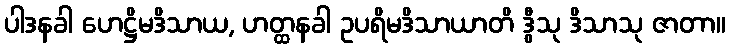
ပါဒနခါ ဟေဋ္ဌိမဒိသာယ, ဟတ္ထနခါ ဥပရိမဒိသာယာတိ ဒွီသု ဒိသာသု ဇာတာ။